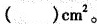
( )cm^{2}。